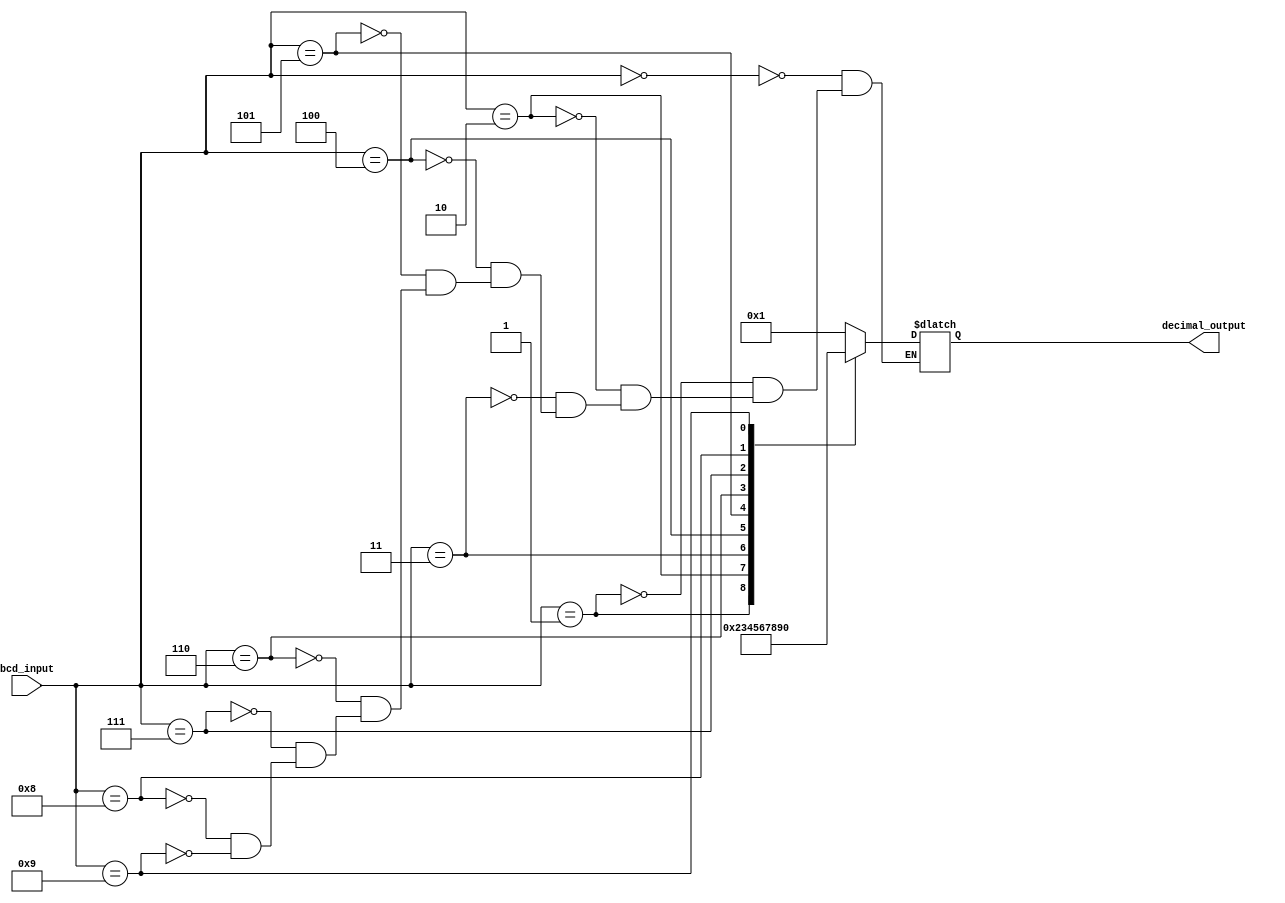
module BCD_Decoder (
    input [3:0] bcd_input,
    output reg [3:0] decimal_output
);

always @(*)
begin
    case(bcd_input)
        4'b0000: decimal_output = 4'b0001; // 0
        4'b0001: decimal_output = 4'b0010; // 1
        4'b0010: decimal_output = 4'b0011; // 2
        4'b0011: decimal_output = 4'b0100; // 3
        4'b0100: decimal_output = 4'b0101; // 4
        4'b0101: decimal_output = 4'b0110; // 5
        4'b0110: decimal_output = 4'b0111; // 6
        4'b0111: decimal_output = 4'b1000; // 7
        4'b1000: decimal_output = 4'b1001; // 8
        4'b1001: decimal_output = 4'b0000; // 9
    endcase
end

endmodule